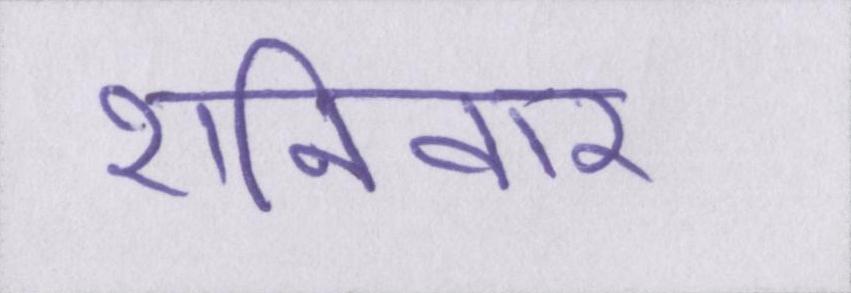
शनिवार